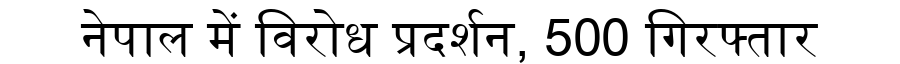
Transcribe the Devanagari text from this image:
नेपाल में विरोध प्रदर्शन, 500 गिरफ्तार